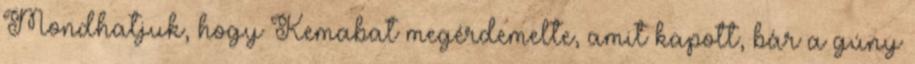
Mondhatjuk, hogy Kemabat megérdemelte, amit kapott, bár a gúny